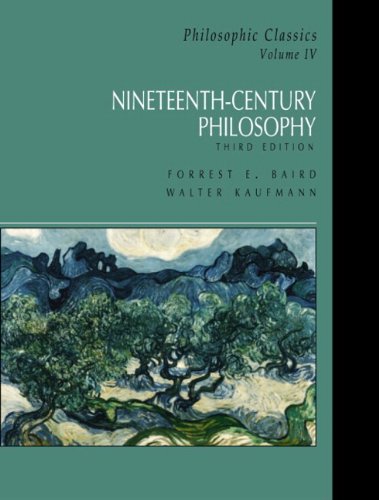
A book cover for Nineteenth-Century Philosophy, Third Edition (Philosophic Classics, Volume IV); Forrest E. Baird; Politics & Social Sciences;